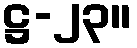
ဋ္ဌ-၂၃။